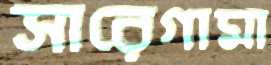
সারেগামা